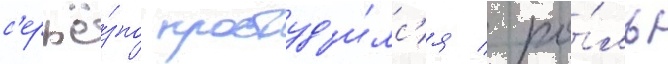
с'ерьё́зно простуд'и́лс'я / ро́ль